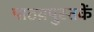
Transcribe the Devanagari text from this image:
पाठय़पुस्तकें